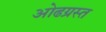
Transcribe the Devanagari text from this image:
ओढग्रस्त